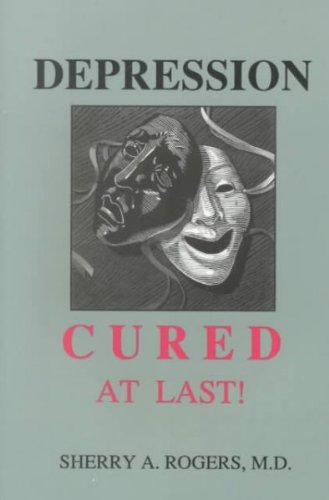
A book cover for Depression : Cured at Last!; Sherry A. Rogers; Health, Fitness & Dieting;